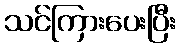
သင်ကြားပေးပြီး